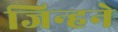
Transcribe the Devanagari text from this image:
जिन्हने